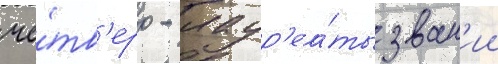
че́тв'еро - лаур'еа́ты зван'ии